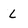
Character: L